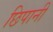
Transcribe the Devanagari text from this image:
छिपानी